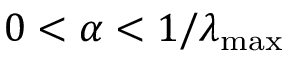
0 < \alpha < 1 / \lambda _ { \mathrm { m a x } }